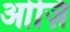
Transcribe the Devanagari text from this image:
ओज़ि